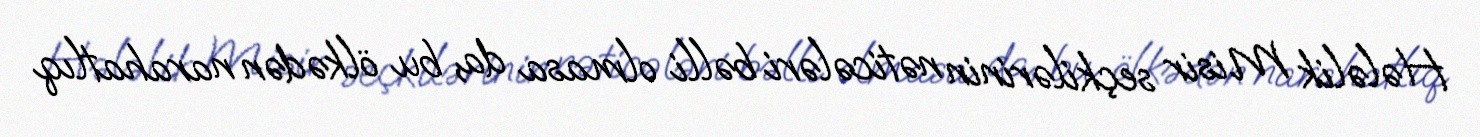
Hələlik Misir seçkilərinin nəticələri bəlli olmasa da, bu ölkədən narahatlıq